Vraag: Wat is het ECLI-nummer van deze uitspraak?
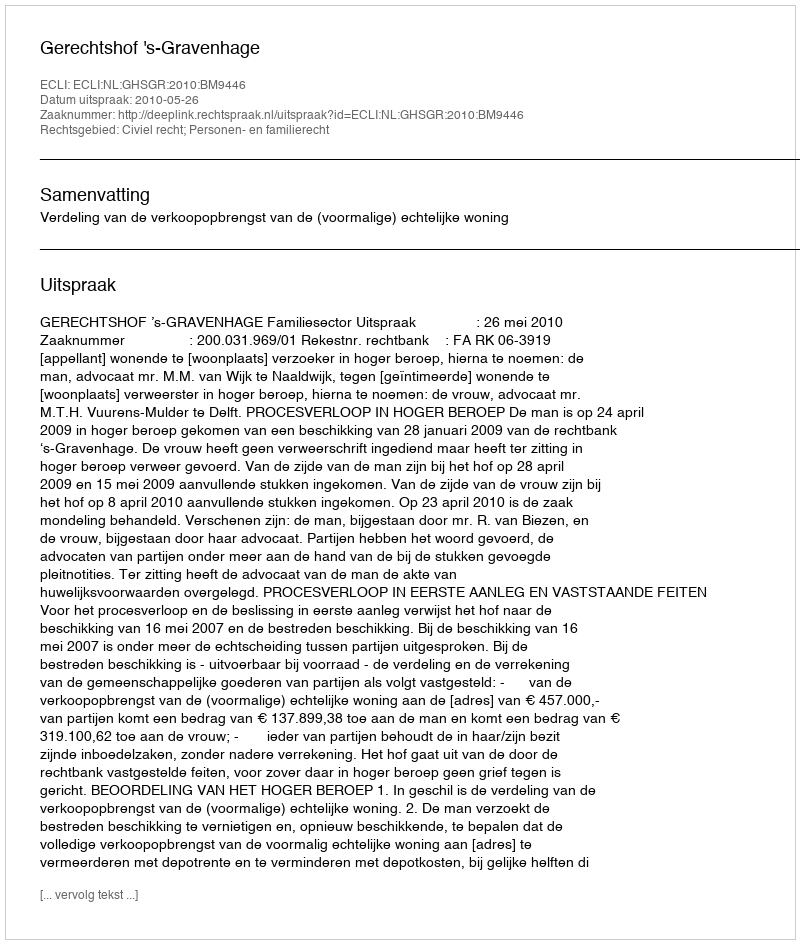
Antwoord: ECLI:NL:GHSGR:2010:BM9446